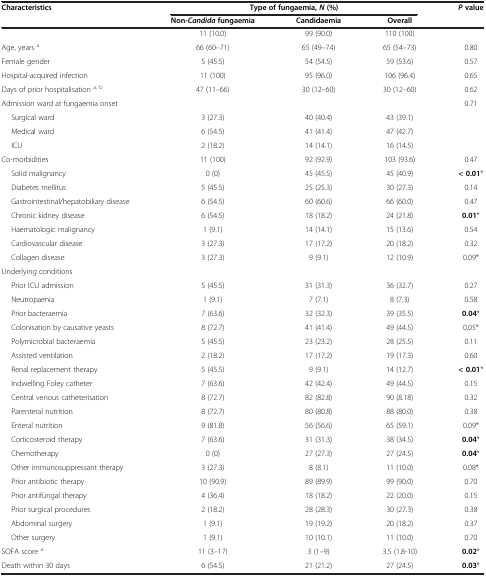
<table><thead><tr><td><b>Characteristics</b></td><td colspan="3"><b>Type of fungaemia,<i>N</i>(%)</b></td><td><b><i>P</i>value</b></td></tr><tr><td><b> </b></td><td><b>Non-<i>Candida</i>fungaemia</b></td><td><b>Candidaemia</b></td><td><b>Overall</b></td><td><b> </b></td></tr></thead><tbody><tr><td> </td><td>11 (10.0)</td><td>99 (90.0)</td><td>110 (100)</td><td> </td></tr><tr><td>Age, years <sup>a</sup></td><td>66 (60–71)</td><td>65 (49–74)</td><td>65 (54–73)</td><td>0.80</td></tr><tr><td>Female gender</td><td>5 (45.5)</td><td>54 (54.5)</td><td>59 (53.6)</td><td>0.57</td></tr><tr><td>Hospital-acquired infection</td><td>11 (100)</td><td>95 (96.0)</td><td>106 (96.4)</td><td>0.65</td></tr><tr><td>Days of prior hospitalisation <sup>a, b</sup></td><td>47 (11–66)</td><td>30 (12–60)</td><td>30 (12–60)</td><td>0.62</td></tr><tr><td colspan="4">Admission ward at fungaemia onset</td><td>0.71</td></tr><tr><td>Surgical ward</td><td>3 (27.3)</td><td>40 (40.4)</td><td>43 (39.1)</td><td> </td></tr><tr><td>Medical ward</td><td>6 (54.5)</td><td>41 (41.4)</td><td>47 (42.7)</td><td> </td></tr><tr><td>ICU</td><td>2 (18.2)</td><td>14 (14.1)</td><td>16 (14.5)</td><td> </td></tr><tr><td>Co-morbidities</td><td>11 (100)</td><td>92 (92.9)</td><td>103 (93.6)</td><td>0.47</td></tr><tr><td>Solid malignancy</td><td>0 (0)</td><td>45 (45.5)</td><td>45 (40.9)</td><td><b>&lt; 0.01</b>*</td></tr><tr><td>Diabetes mellitus</td><td>5 (45.5)</td><td>25 (25.3)</td><td>30 (27.3)</td><td>0.14</td></tr><tr><td>Gastrointestinal/hepatobiliary disease</td><td>6 (54.5)</td><td>60 (60.6)</td><td>66 (60.0)</td><td>0.47</td></tr><tr><td>Chronic kidney disease</td><td>6 (54.5)</td><td>18 (18.2)</td><td>24 (21.8)</td><td><b>0.01</b>*</td></tr><tr><td>Haematologic malignancy</td><td>1 (9.1)</td><td>14 (14.1)</td><td>15 (13.6)</td><td>0.54</td></tr><tr><td>Cardiovascular disease</td><td>3 (27.3)</td><td>17 (17.2)</td><td>20 (18.2)</td><td>0.32</td></tr><tr><td>Collagen disease</td><td>3 (27.3)</td><td>9 (9.1)</td><td>12 (10.9)</td><td>0.09*</td></tr><tr><td colspan="5">Underlying conditions</td></tr><tr><td>Prior ICU admission</td><td>5 (45.5)</td><td>31 (31.3)</td><td>36 (32.7)</td><td>0.27</td></tr><tr><td>Neutropaenia</td><td>1 (9.1)</td><td>7 (7.1)</td><td>8 (7.3)</td><td>0.58</td></tr><tr><td>Prior bacteraemia</td><td>7 (63.6)</td><td>32 (32.3)</td><td>39 (35.5)</td><td><b>0.04</b>*</td></tr><tr><td>Colonisation by causative yeasts</td><td>8 (72.7)</td><td>41 (41.4)</td><td>49 (44.5)</td><td>0.05*</td></tr><tr><td>Polymicrobial bacteraemia</td><td>5 (45.5)</td><td>23 (23.2)</td><td>28 (25.5)</td><td>0.11</td></tr><tr><td>Assisted ventilation</td><td>2 (18.2)</td><td>17 (17.2)</td><td>19 (17.3)</td><td>0.60</td></tr><tr><td>Renal replacement therapy</td><td>5 (45.5)</td><td>9 (9.1)</td><td>14 (12.7)</td><td><b>&lt; 0.01</b>*</td></tr><tr><td>Indwelling Foley catheter</td><td>7 (63.6)</td><td>42 (42.4)</td><td>49 (44.5)</td><td>0.15</td></tr><tr><td>Central venous catheterisation</td><td>8 (72.7)</td><td>82 (82.8)</td><td>90 (8.18)</td><td>0.32</td></tr><tr><td>Parenteral nutrition</td><td>8 (72.7)</td><td>80 (80.8)</td><td>88 (80.0)</td><td>0.38</td></tr><tr><td>Enteral nutrition</td><td>9 (81.8)</td><td>56 (56.6)</td><td>65 (59.1)</td><td>0.09*</td></tr><tr><td>Corticosteroid therapy</td><td>7 (63.6)</td><td>31 (31.3)</td><td>38 (34.5)</td><td><b>0.04</b>*</td></tr><tr><td>Chemotherapy</td><td>0 (0)</td><td>27 (27.3)</td><td>27 (24.5)</td><td><b>0.04</b>*</td></tr><tr><td>Other immunosuppressant therapy</td><td>3 (27.3)</td><td>8 (8.1)</td><td>11 (10.0)</td><td>0.08*</td></tr><tr><td>Prior antibiotic therapy</td><td>10 (90.9)</td><td>89 (89.9)</td><td>99 (90.0)</td><td>0.70</td></tr><tr><td>Prior antifungal therapy</td><td>4 (36.4)</td><td>18 (18.2)</td><td>22 (20.0)</td><td>0.15</td></tr><tr><td>Prior surgical procedures</td><td>2 (18.2)</td><td>28 (28.3)</td><td>30 (27.3)</td><td>0.38</td></tr><tr><td>Abdominal surgery</td><td>1 (9.1)</td><td>19 (19.2)</td><td>20 (18.2)</td><td>0.37</td></tr><tr><td>Other surgery</td><td>1 (9.1)</td><td>10 (10.1)</td><td>11 (10.0)</td><td>0.70</td></tr><tr><td>SOFA score <sup>a</sup></td><td>11 (3–17)</td><td>3 (1–9)</td><td>3.5 (1.8-10)</td><td><b>0.02</b>*</td></tr><tr><td>Death within 30 days</td><td>6 (54.5)</td><td>21 (21.2)</td><td>27 (24.5)</td><td><b>0.03</b>*</td></tr></tbody></table>